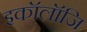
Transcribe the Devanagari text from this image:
इकॉलॉजि